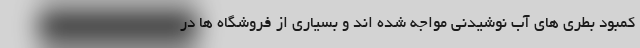
کمبود بطری های آب نوشیدنی مواجه شده اند و بسیاری از فروشگاه ها در